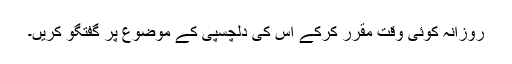
روزانہ کوئی وقت مقرر کرکے اس کی دلچسپی کے موضوع پر گفتگو کریں۔